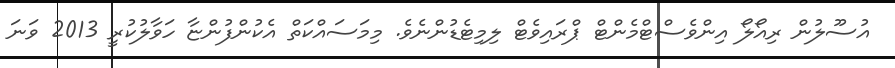
އުސޫލުން ރިއޯލޯ އިންވެސްޓްމެންޓް ޕްރައިވެޓް ލިމިޓެޑުންނެވެ. މިމަސައްކަތް އެކުންފުންޏާ ހަވާލުކުރީ 2013 ވަނަ